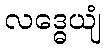
လဒ္ဓေယျံ